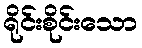
ရိုင်းစိုင်းသော